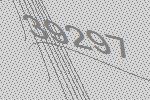
39297